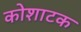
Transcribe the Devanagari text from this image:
कोशाटक